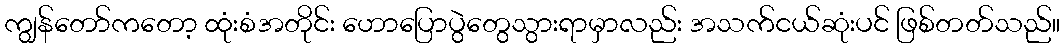
ကျွန်တော်ကတော့ ထုံးစံအတိုင်း ဟောပြောပွဲတွေသွားရာမှာလည်း အသက်ငယ်ဆုံးပင် ဖြစ်တတ်သည်။